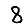
Digit: 8